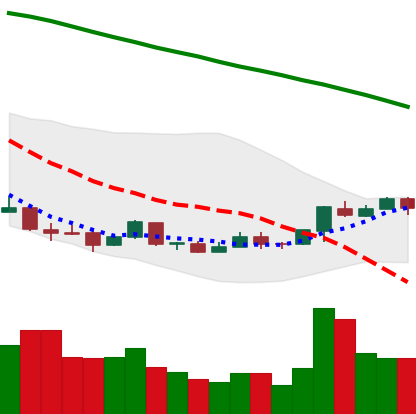
Ticker: ETC-USD
Chart end date: 2018-04-16
Forward return: 15.926%
Label: up_7plus